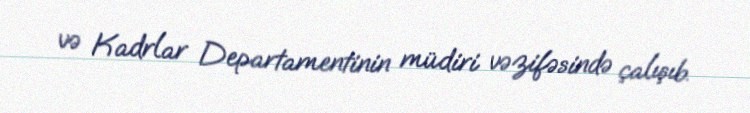
və Kadrlar Departamentinin müdiri vəzifəsində çalışıb.